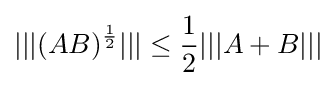
|||(AB)^{\frac {1}{2}}|||\leq {\frac {1}{2}}|||A+B|||